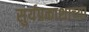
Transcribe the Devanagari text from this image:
सुर्यप्रकाशाच्या